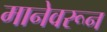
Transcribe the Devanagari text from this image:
मानेवरून